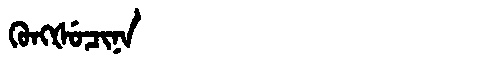
Manchu: ᡴᡠᠩᡧᡠᠴᡳᠨᠠ
Romanization: KUNGŠUCINA